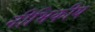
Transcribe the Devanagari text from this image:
नीभिकीय